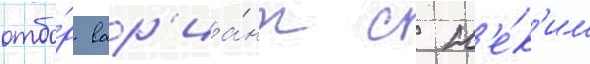
отбо́р вар'иа́нт с н'е́к'им